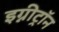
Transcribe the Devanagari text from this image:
इग्नीट्रॉन